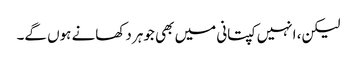
لیکن، انہیں کپتانی میں بھی جوہر دکھانے ہوں گے۔